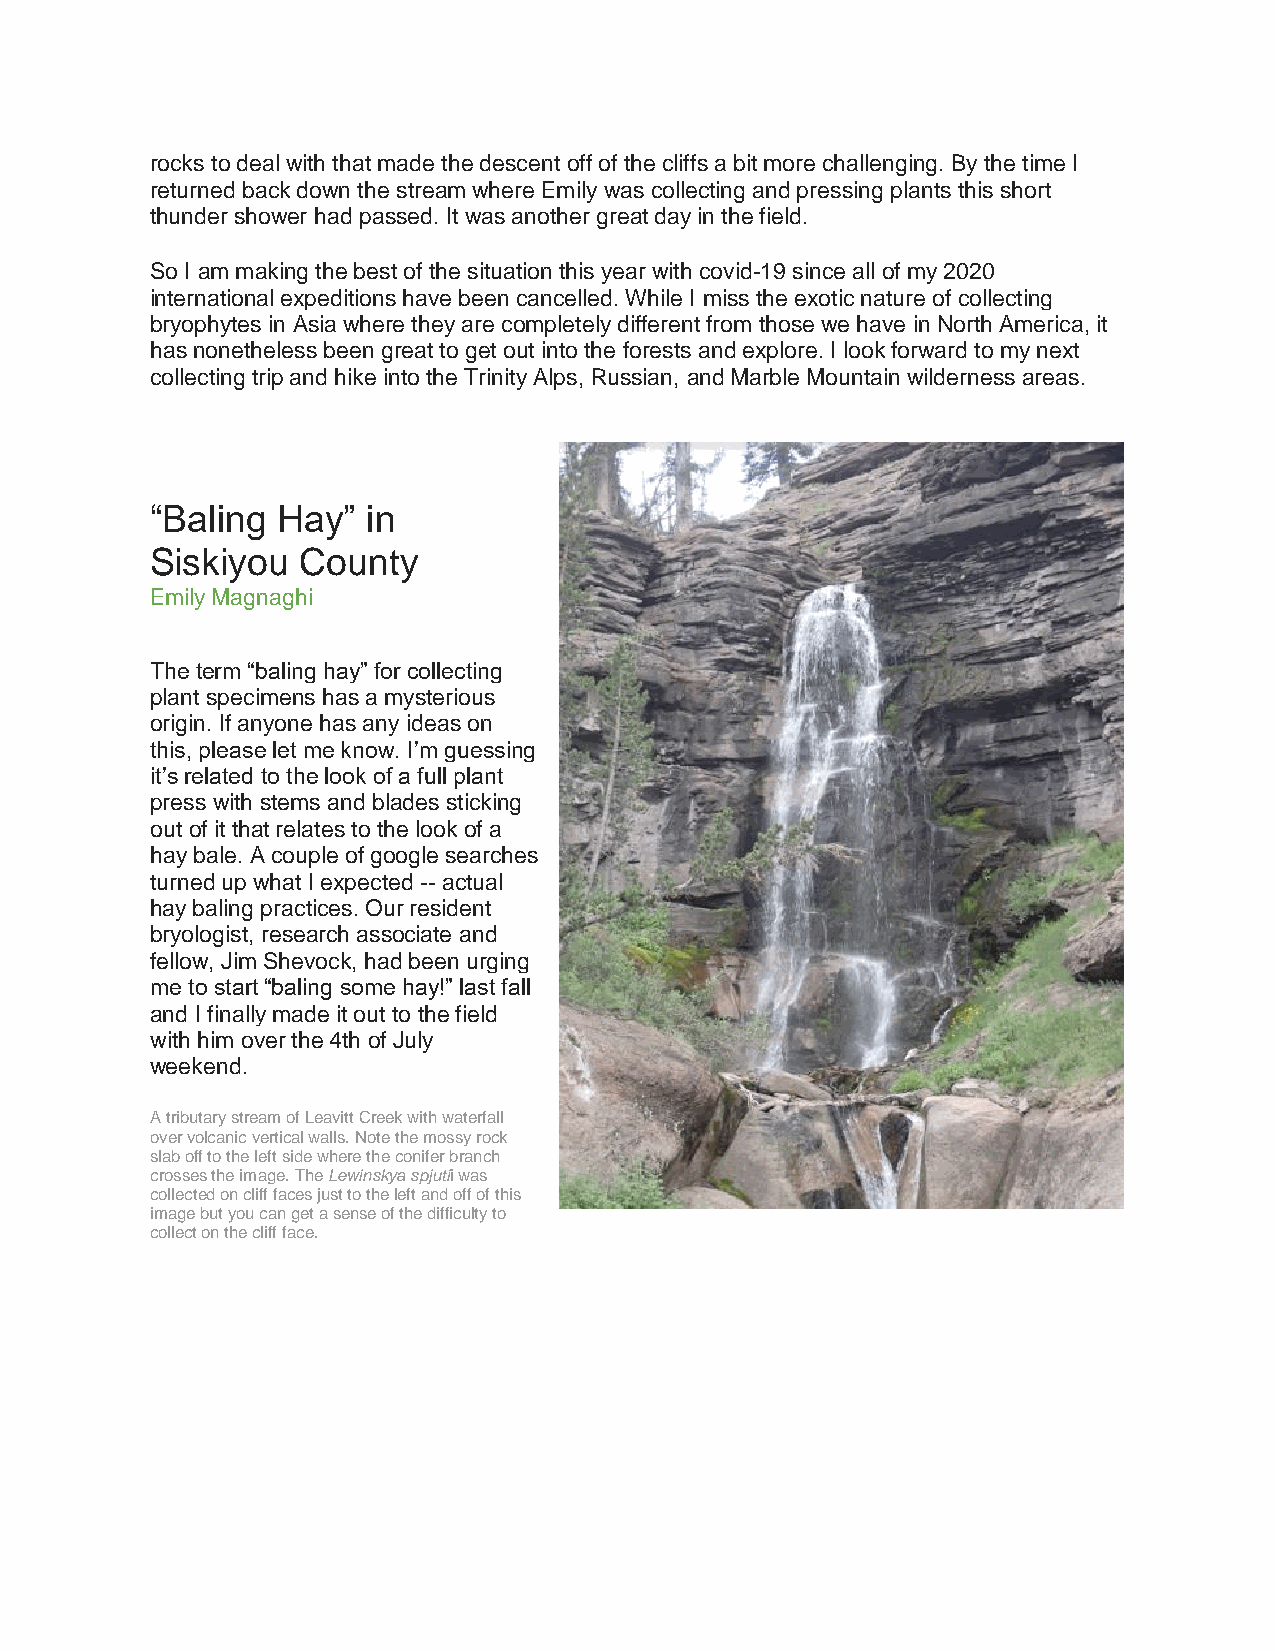
rocks to deal with that made the descent off of the cliffs a bit more challenging. By the time I
 returned back down the stream where Emily was collecting and pressing plants this short
 thunder shower had passed. It was another great day in the field.
 So I am making the best of the situation this year with covid-19 since all of my 2020
 international expeditions have been cancelled. While I miss the exotic nature of collecting
 bryophytes in Asia where they are completely different from those we have in North America, it
 has nonetheless been great to get out into the forests and explore. I look forward to my next
 collecting trip and hike into the Trinity Alps, Russian, and Marble Mountain wilderness areas.
 “Baling Hay”  in
 Siskiyou  County
 Emily Magnaghi
 The term “baling hay” for collecting
 plant specimens has a mysterious
 origin. If anyone has any ideas on
 this, please let me know. I’m guessing
 it’s related to the look of a full plant
 press with stems and blades sticking
 out of it that relates to the look of a
 hay bale. A couple of google searches
 turned up what I expected -- actual
 hay baling practices. Our resident
 bryologist, research associate and
 fellow, Jim Shevock, had been urging
 me to start “baling some hay!” last fall
 and I finally made it out to the field
 with him over the 4th of July
 weekend.
 A tributary stream of Leavitt Creek with waterfall
 over volcanic vertical walls. Note the mossy rock
 slab off to the left side where the conifer branch
 crosses the image. The Lewinskya spjutii was
 collected on cliff faces just to the left and off of this
 image but you can get a sense of the difficulty to
 collect on the cliff face.